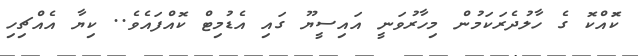
ކޮައްކޮ ގެ ހާލުދެރަކަމުން މިހާރުވަނީ އައިސީޔޫ ގައި އެޑުމިޓް ކޮއްފައެވެ.. ކިޔާ އެއްޗިހި